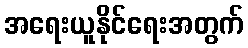
အရေးယူနိုင်ရေးအတွက်